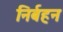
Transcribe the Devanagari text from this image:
निर्बहन